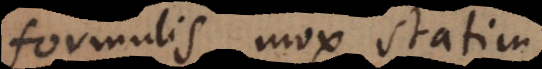
formulis, mox statim